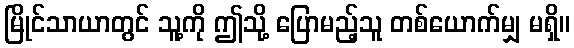
မြိုင်သာယာတွင် သူ့ကို ဤသို့ ပြောမည့်သူ တစ်ယောက်မျှ မရှိ။